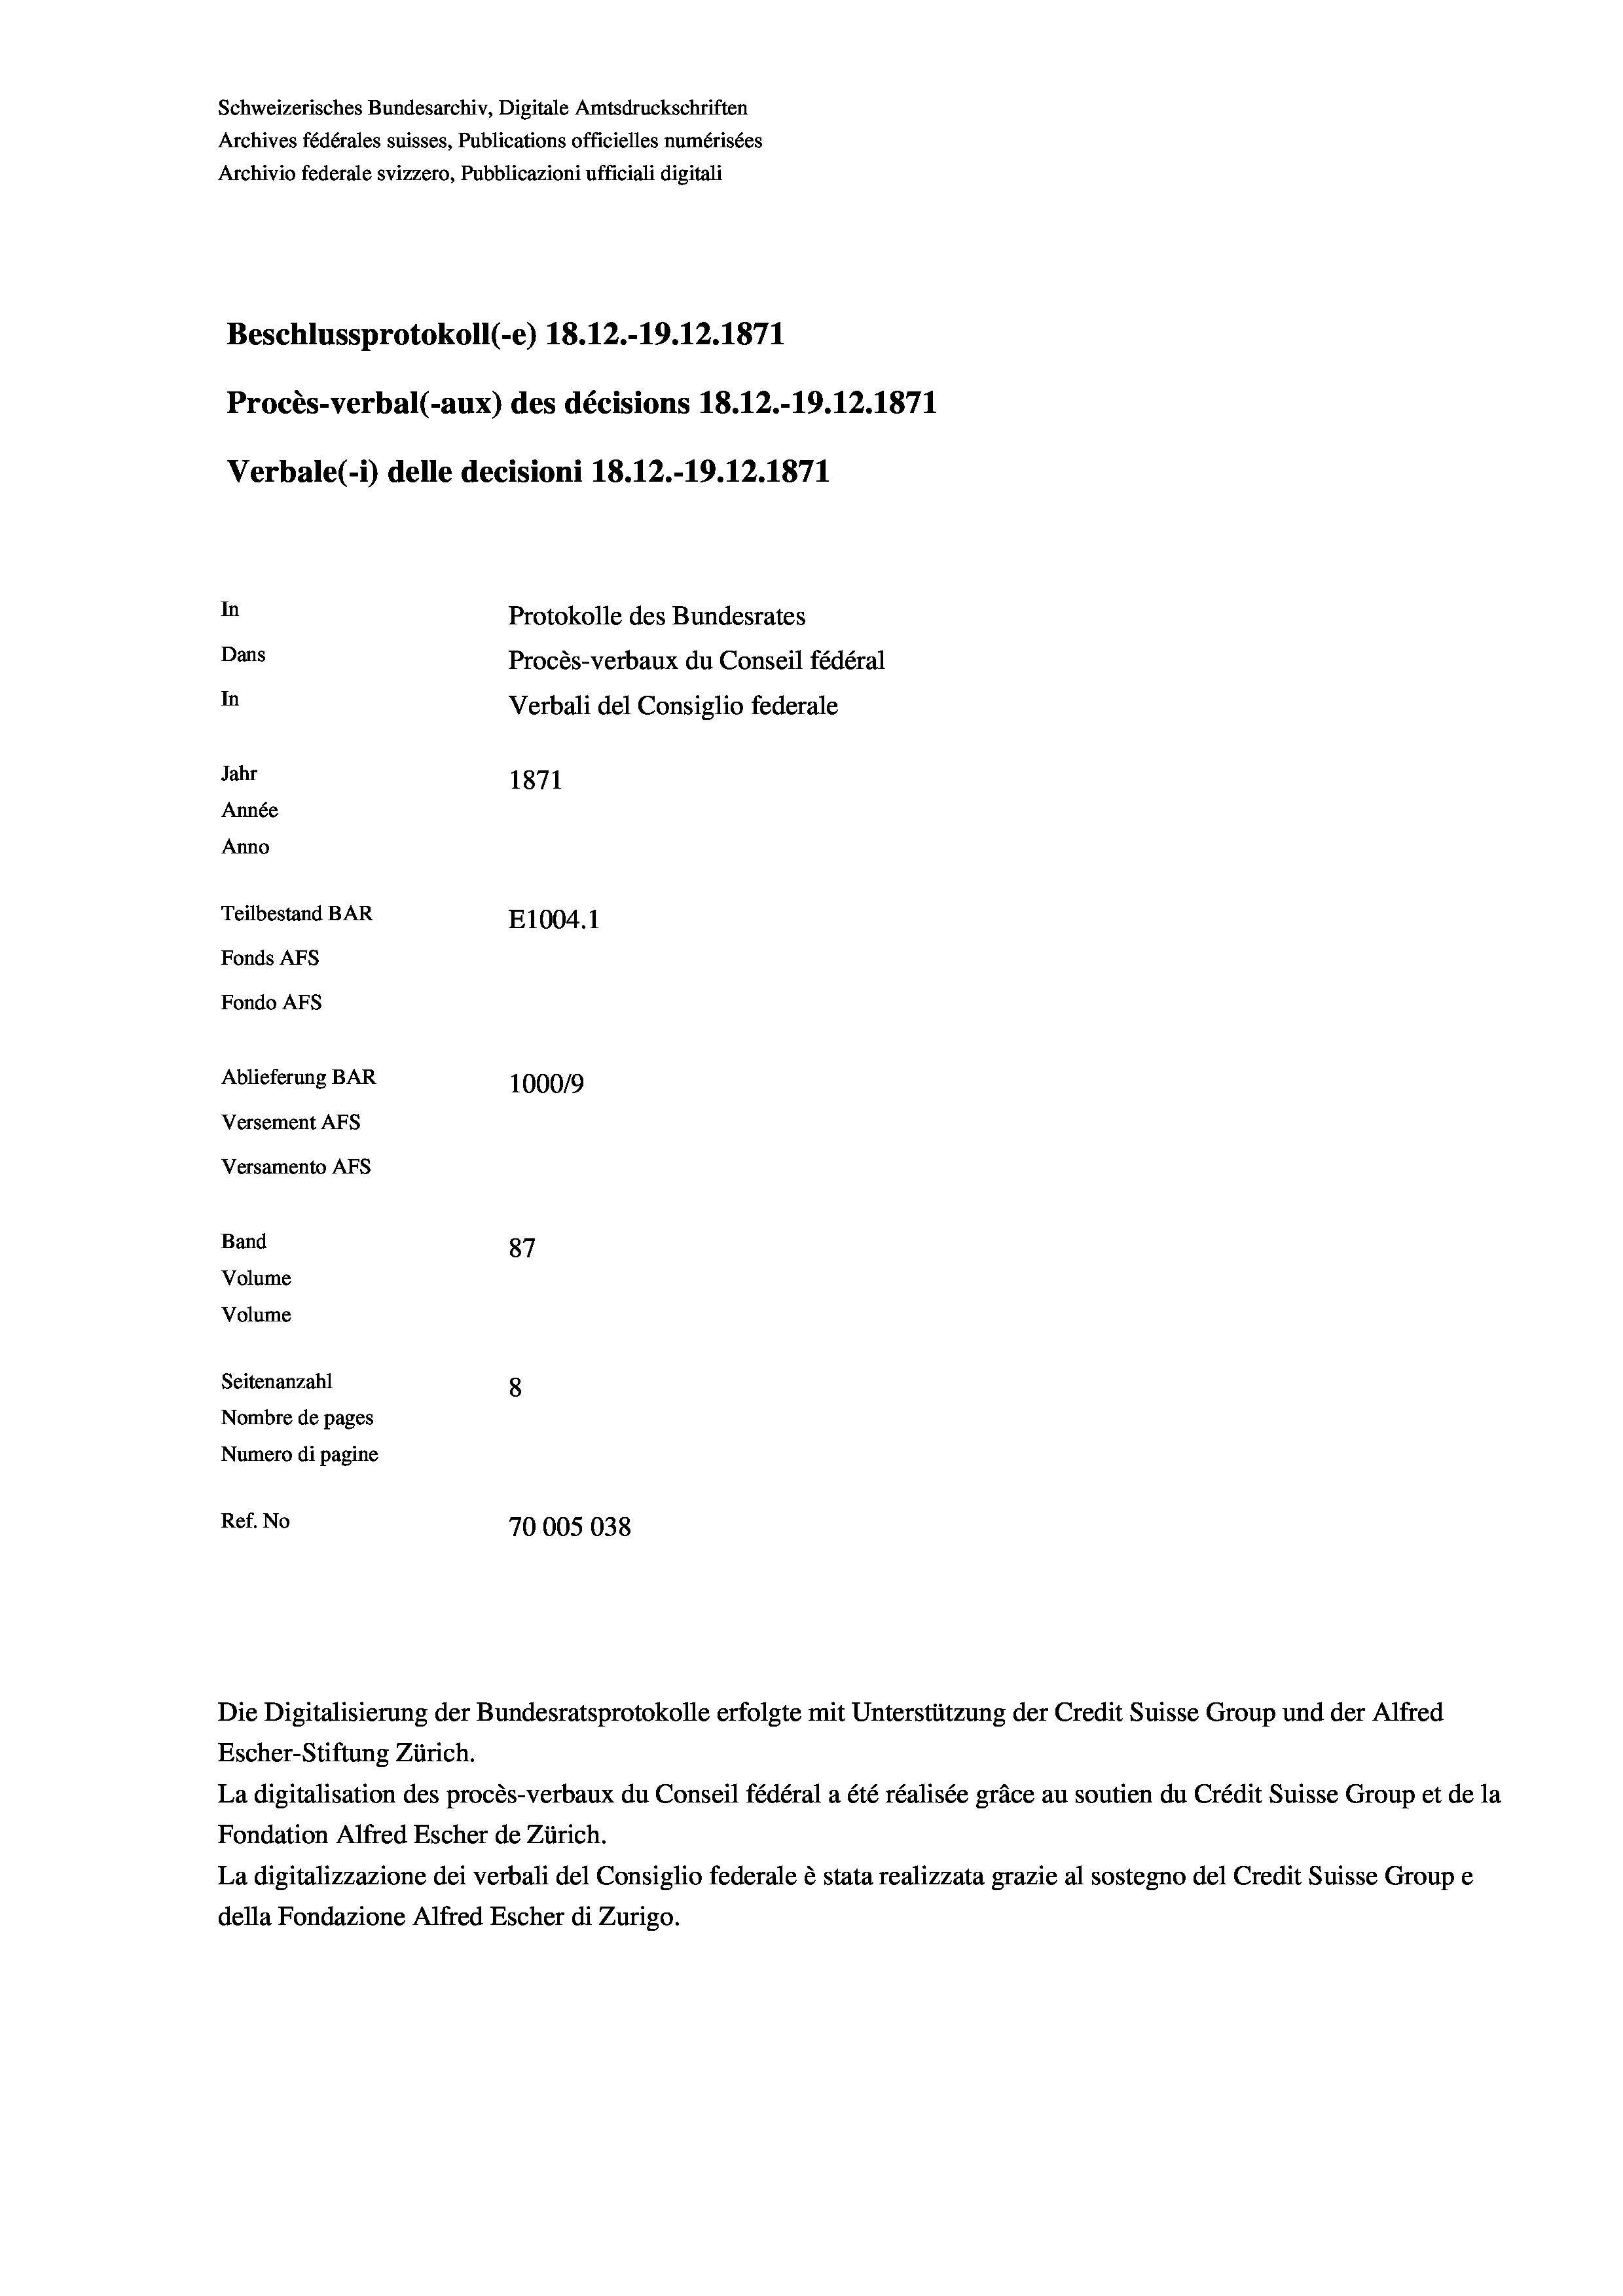
Schweizerisches Bundesarchiv, Digitale Amtsdruckschriften
Archives fédérales suisses, Publications officielles numérisées
Archivio federale svizzero, Pubblicazioni ufficiali digitali
Beschlussprotokoll (-e) 18.12.-19.12.1871
Procès-verbal (-aux) des décisions 18.12.-19.12.1871
Verbale(-*) delle decisioni 18.12.-19.12.1871
In
Protokolle des Bundesrates
Dans
Procès-verbaux du Conseil fédéral
In
Verbali del Consiglio federale
Jahr
1871
Année
Anno
Teilbestand BAR
E1004. 1
Fonds AFs
Fondo AFs
Ablieferung BAR
100019
Versement AFs
Versamento AFs
Band
87
Volume
Volume
Seitenanzahl
8
Nombre de pages
Numero di pagine
Ref. No
70005038

Escher-Stiftung Zürich.
La digitalisation des procès-verbaux du Conseil fédéral a été réalisée gräce au soutien du Crédit Suisse Group et de la
Fondation Alfred Escher de Zürich.
La digitalizzazione dei verbali del Consiglio federale è stata realizzata grazie al sostegno del Credit Suisse Groupe
della Fondazione Alfred Escher di Zurigo.

Die Digitalisierung der Bundesratsprotokolle erfolgte mit Unterstützung der Credit Suisse Group und der Alfred